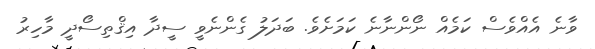
ވާނެ އެއްވެސް ކަމެއް ނޯންނާނެ ކަމަށެވެ. ބަދަލު ގެންނެވީ ސީދާ އިޤްތިސޯދީ މާހިރު